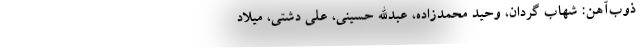
ذوب‌آهن: شهاب گردان، وحید محمدزاده، عبدالله حسینی، علی دشتی، میلاد